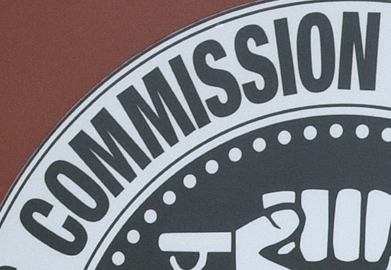
COMMISSION